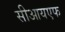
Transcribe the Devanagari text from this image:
सीआयएफ